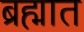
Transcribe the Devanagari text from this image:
ब्रह्मात